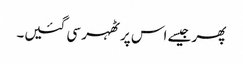
پھر جیسے اس پر ٹھہر سی گئیں۔